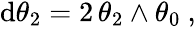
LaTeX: \begin{array}{r}{\mathrm{d}\theta_{2}=2\, \theta_{2}\wedge\theta_{0}\ ,}\end{array}